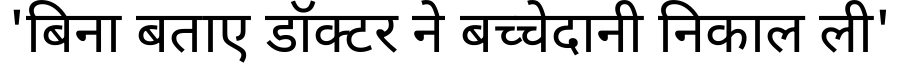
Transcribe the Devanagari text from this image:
'बिना बताए डॉक्टर ने बच्चेदानी निकाल ली'